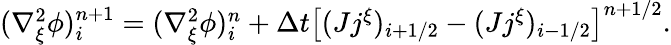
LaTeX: \begin{array}{r}{(\nabla_{\xi}^{2}\phi)_{i}^{n+1}=(\nabla_{\xi}^{2}\phi)_{i}^{n}+\Delta t\left[(Jj^{\xi})_{i+1/2}-(Jj^{\xi})_{i-1/2}\right]^{n+1/2}.}\end{array}